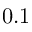
0 . 1